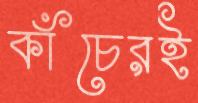
কাঁচেরই